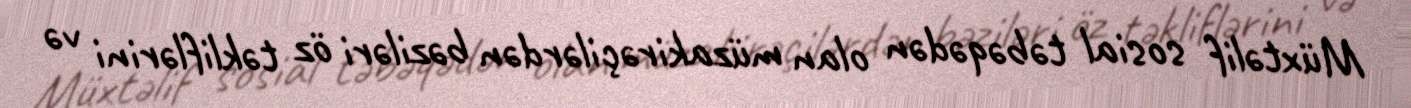
Müxtəlif sosial təbəqədən olan müzakirəçilərdən bəziləri öz təkliflərini və